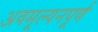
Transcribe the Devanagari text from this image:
अवमूल्यनपूर्ण